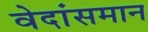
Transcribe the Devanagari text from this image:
वेदांसमान